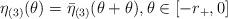
LaTeX: \begin{align*} \eta_{(3)}(\theta)=\bar \eta_{(3)}(\theta+\theta_{}), \theta\in[-r_+,0]\end{align*}